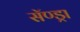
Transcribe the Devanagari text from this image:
सॅण्ड्रा